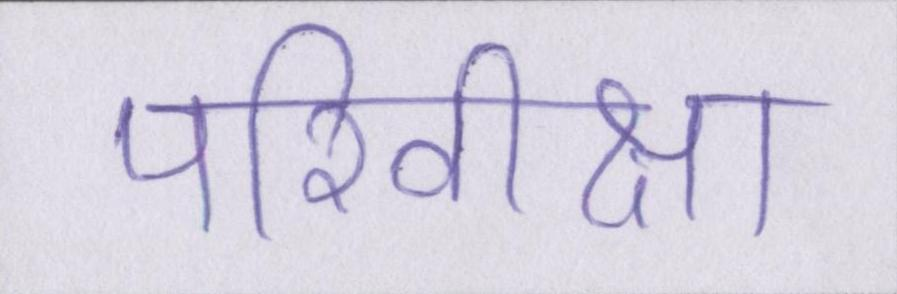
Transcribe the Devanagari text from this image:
परिवीक्षा